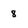
Character: 8